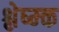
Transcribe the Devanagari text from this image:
श्लेष्म्क